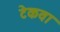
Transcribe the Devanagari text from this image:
टेकवा